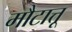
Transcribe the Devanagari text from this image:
मौटात्तू